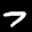
Label: 7